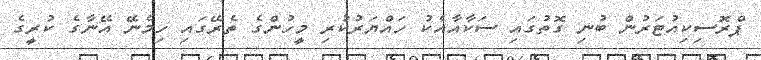
ޕްރޮސިކިއުޓަރުން ބުނި ގޮތުގައި ސަކާއާއެކު ހައްޔަރުކުރި މީހުންގެ ތެރޭގައި ހިމެނޭ އޭނާގެ ކުރީގެ